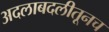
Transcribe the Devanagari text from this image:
अदलाबदलीतूनच